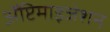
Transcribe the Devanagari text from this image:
ॲप्टिमाइजेशन